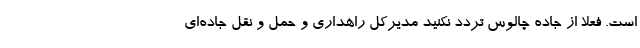
است. فعلاً از جاده چالوس تردد نکنید مدیرکل راهداری و حمل و نقل جاده‌ای